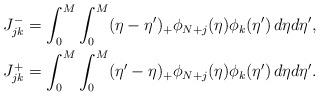
LaTeX: \begin{align*} J^-_{jk} = \int_0^M\int_0^M(\eta-\eta')_+\phi_{N+j}(\eta)\phi_k(\eta')\,d\eta d\eta',\\J^+_{jk} = \int_0^M\int_0^M(\eta'-\eta)_+\phi_{N+j}(\eta)\phi_k(\eta')\,d\eta d\eta'.\end{align*}